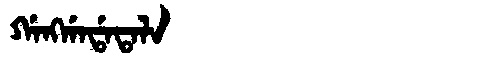
Manchu: ᡤᠠᠩᡤᠠᡩᠠᡨᠠᠯᠠ
Romanization: GANGGADATALA